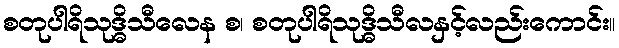
စတုပါရိသုဒ္ဓိသီလေန စ၊ စတုပါရိသုဒ္ဓိသီလနှင့်လည်းကောင်း။